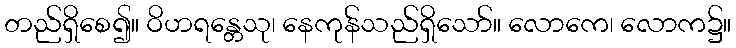
တည်ရှိစေ၍။ ဝိဟရန္တေသု၊ နေကုန်သည်ရှိသော်။ လောကေ၊ လောက၌။